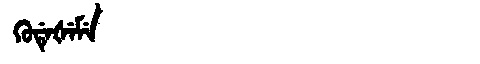
Manchu: ᡴᡠᡩᡝᡧᡝᠮᡝ
Romanization: KUDEŠEME